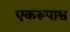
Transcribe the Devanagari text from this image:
एकरूपाश्व